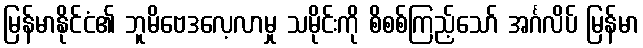
မြန်မာနိုင်ငံ၏ ဘူမိဗေဒလေ့လာမှု သမိုင်းကို စိစစ်ကြည့်သော် အင်္ဂလိပ် မြန်မာ